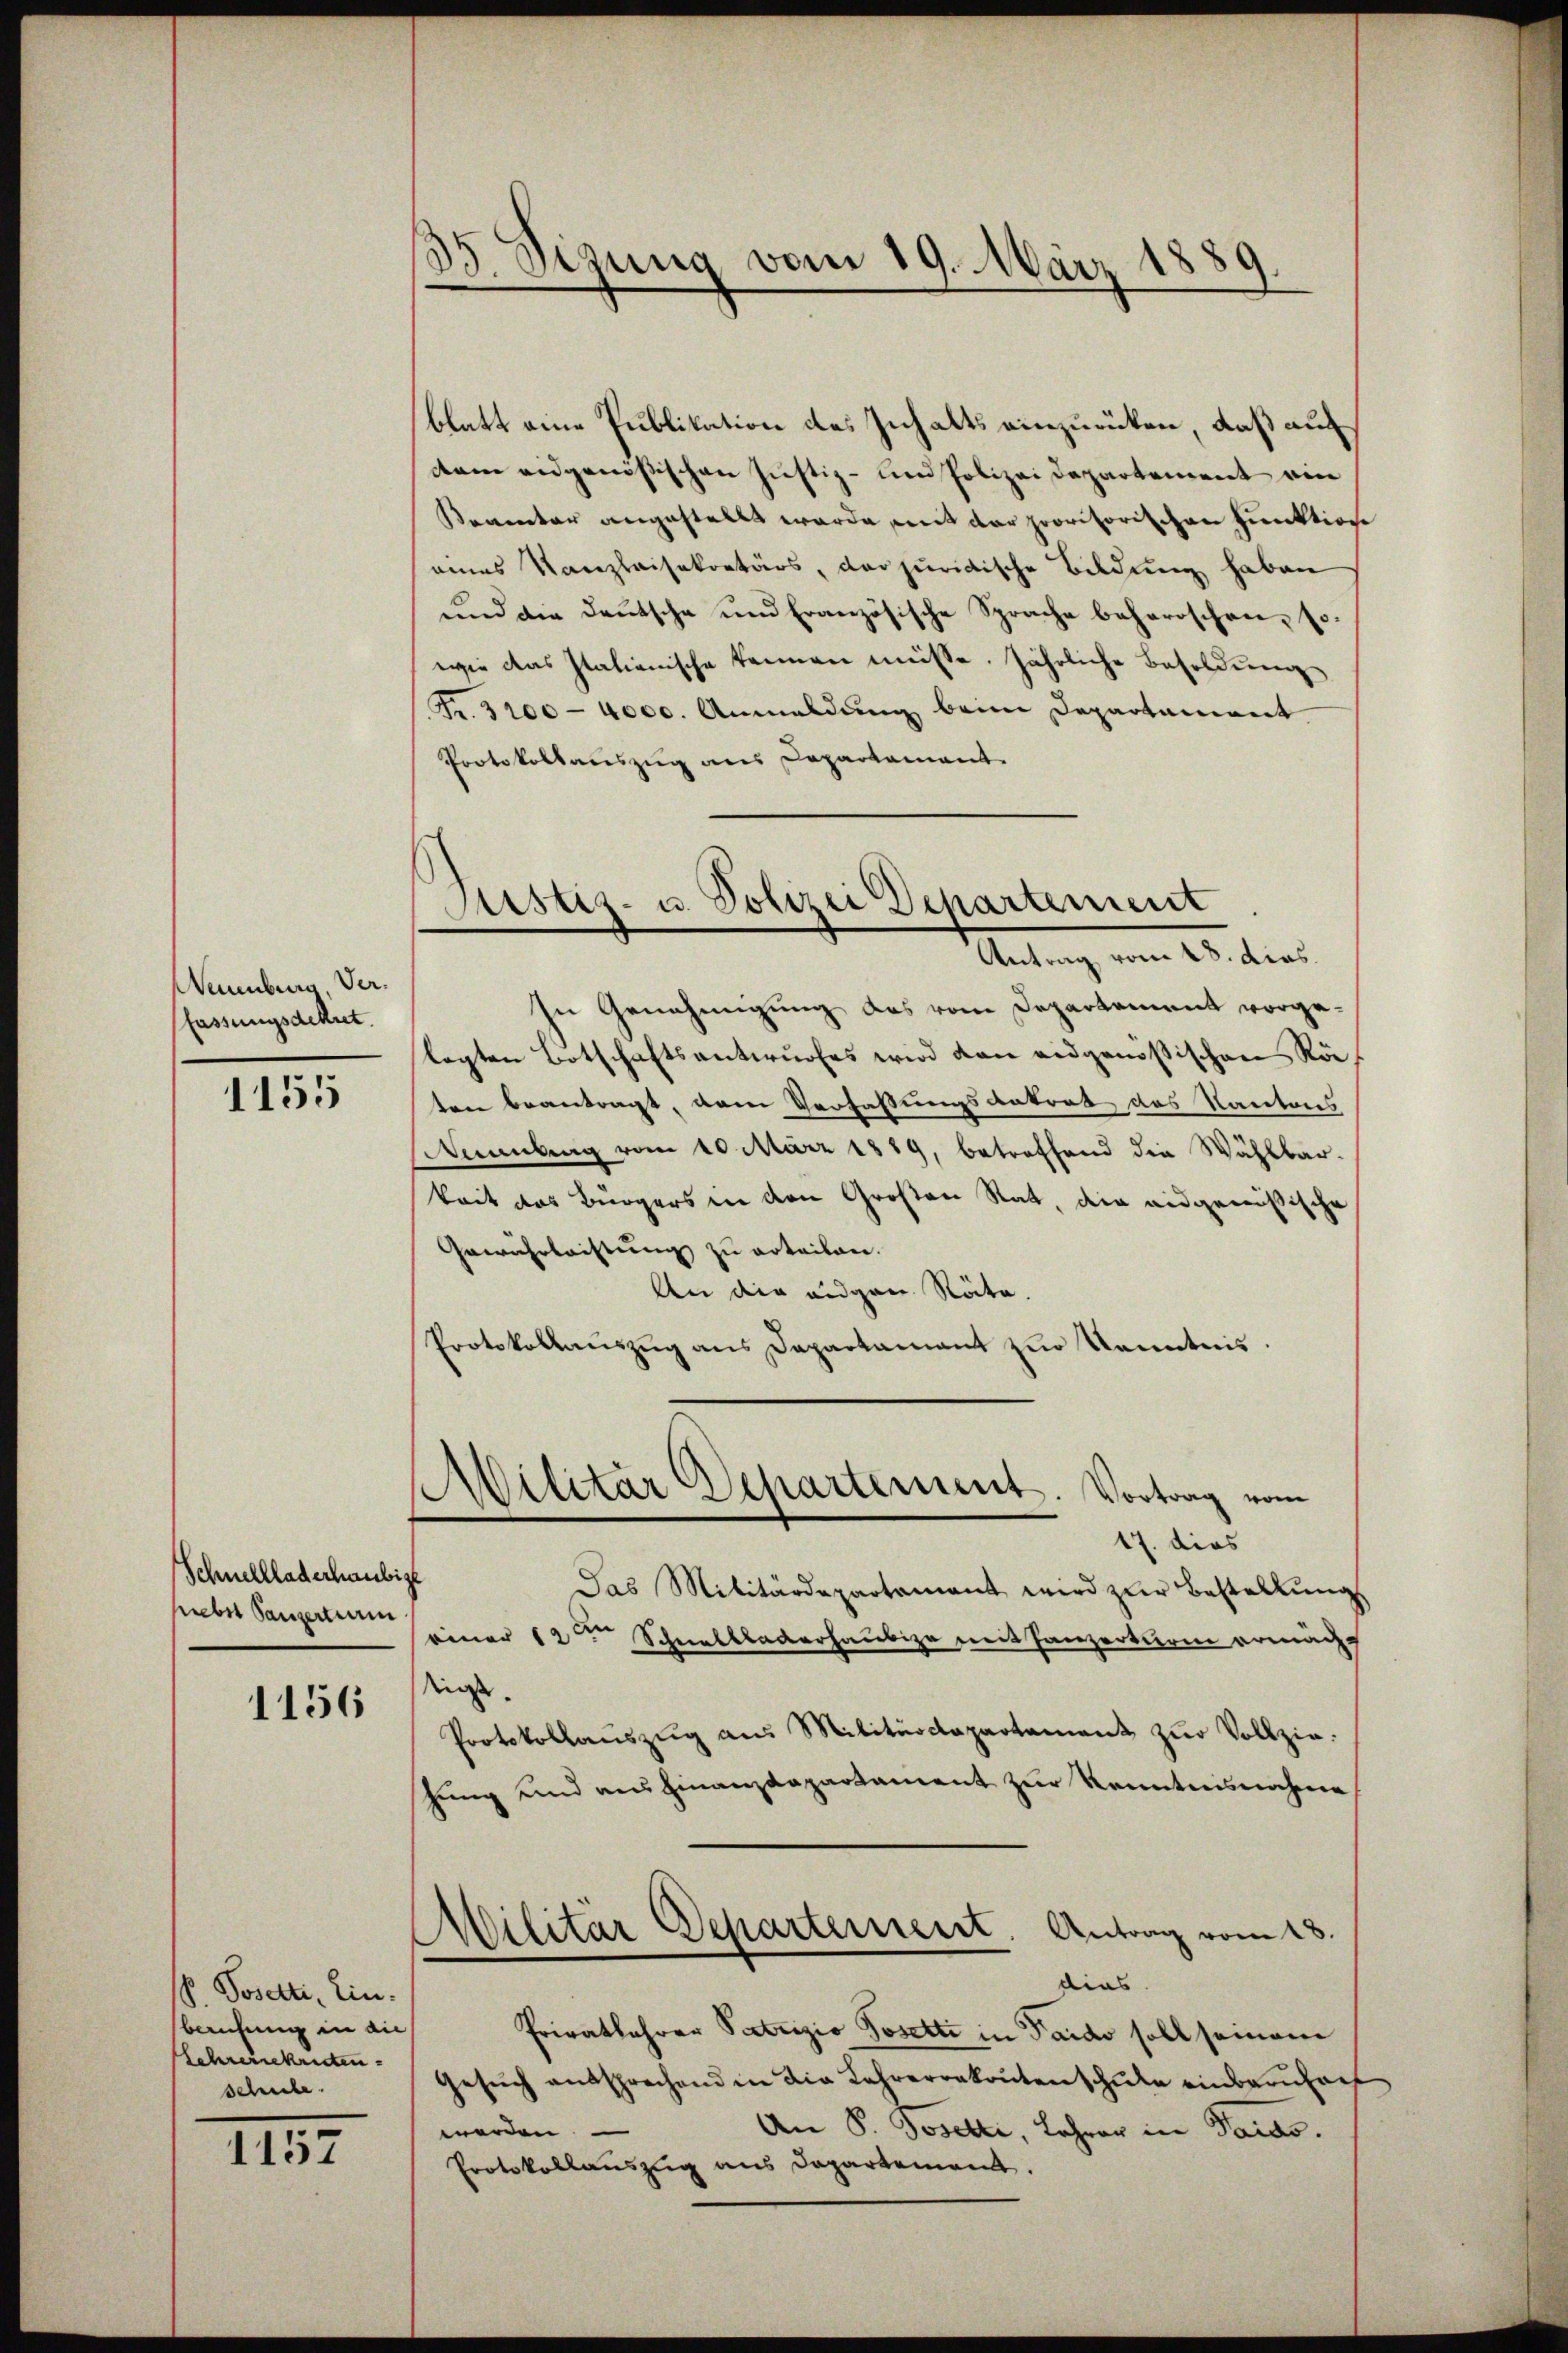
Neuenburg, Verfassungsdekret.

1155

Schnellladerhaubige
hiebet Panzertram
1156

S. Posetti, ein.
beichung in an
Lehrersekreten.
schule.
1157

35. Sizung vom 19. März 1889.

blatt eine Publikation des Inhalts einzurücken, daß auf
dtem eidgenößischen Justiz- und Polizei Departement von
Seventar angestellt werde mit der provisorischen Punktion
eines Kanzleisekretärs, der juridische Bildung haben
und die Deutsche und Französische Sprache beherrschen, sowie das Italienische kennen müsse. Jährliche Besoldung
Fr. 3200 - 4000. Anmeldŭng beim Departamiert.
Protokollauszug aus Departamant.

Justiz- u. Polizei Departement
Antrag vom 18. dies.

Militär Departement. Vortrag vom
17. dies

In Genehmigung des vom Departement vorgelagten Botschaftsantwŭrfes wird dan eidgenößischen Rö
ten beantragt, dem Verfaßungsdatrat des Kantons
Anenberg vom 10. März 1819, betreffend die Wählbar-
keit das Bürgers in den Großen Rat, die eidgenößische
Gewährleistung zu erteilen.
An die eigen Räte.
Protokollaŭszŭg ans Departamant zur Kenntnis
Das Militärdepartamant wird zŭr Bestellŭng
einer 12ten Schnellackerhaubige seit Panzerture ermächt
niess.
Protokollanszŭg an Militärdepartament zŭr Vollziehung und ausfinanzdepartament zur Kenntnisnahme
Militär Departement.
Antrag vom 18.
dias.
Privatlehrer Patrizio Posetti in Pardo soll seinem
Gesŭch entsprechend in die Lehrerrakonten schule einbaruhaf
An P. Josetti, Lehrer in Paras.
werden.
Protokollauszug aus Departement.